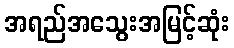
အရည်အသွေးအမြင့်ဆုံး